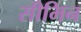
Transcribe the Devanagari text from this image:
सीमिन